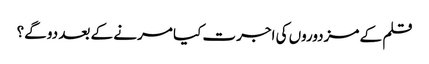
قلم کے مزدوروں کی اجرت کیا مرنے کے بعد دو گے؟